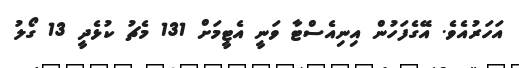
އަހަރުއެވެ. އޭގެފަހުން އިނިއެސްޓާ ވަނީ އެޓީމަށް 131 މެޗު ކުޅެދީ 13 ގޯލު